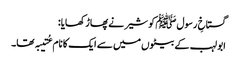
گستاخِ رسول ﷺ کو شیر نے پھاڑ کھایا:
ابو لہب کے بیٹوں میں سے ایک کا نام عُتیبہ تھا۔